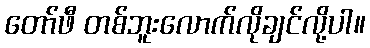
တော်ဖီ တစ်ဘူးလောက်လိုချင်လို့ပါ။